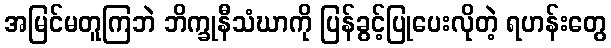
အမြင်မတူကြဘဲ ဘိက္ခုနီသံဃာကို ပြန်ခွင့်ပြုပေးလိုတဲ့ ရဟန်းတွေ